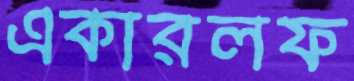
একারলফ